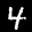
Label: 4